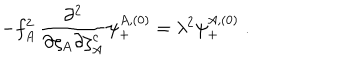
LaTeX: - f _ { A } ^ { 2 } \, { \frac { \partial ^ { 2 } } { \partial \zeta _ { A } \partial \zeta _ { A } ^ { c } } } \psi _ { + } ^ { A , ( 0 ) } = \lambda ^ { 2 } \psi _ { + } ^ { A , ( 0 ) } \; .